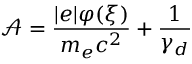
\mathcal { A } = \frac { | e | \varphi ( \xi ) } { m _ { e } c ^ { 2 } } + \frac { 1 } { \gamma _ { d } }